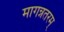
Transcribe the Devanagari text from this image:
मागन्नतरम्